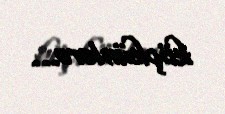
köçkünlərə...